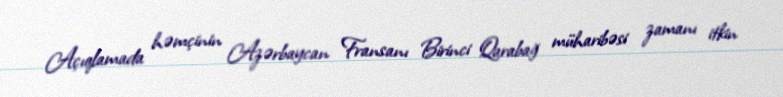
Açıqlamada həmçinin Azərbaycan Fransanı Birinci Qarabağ müharibəsi zamanı itkin